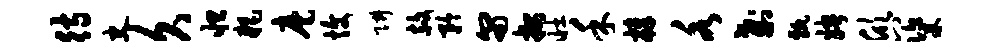
待史久怛耗麾愎阱赦矜匍按壮禾樟各刹甄娉欣八粢